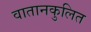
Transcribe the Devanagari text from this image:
वातानकुलित